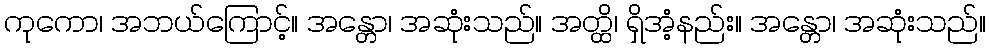
ကုကော၊ အဘယ်ကြောင့်။ အန္တော၊ အဆုံးသည်။ အတ္ထိ၊ ရှိအံ့နည်း။ အန္တော၊ အဆုံးသည်။